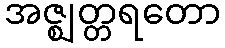
အဇ္ဈတ္တရတော